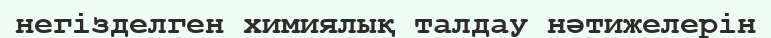
негізделген химиялық талдау нәтижелерін